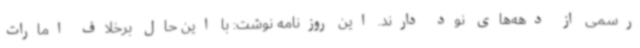
رسمی از دهه‌های نود دارند. این روزنامه نوشت: با این حال برخلاف امارات